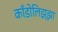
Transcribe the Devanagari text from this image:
काँडोलिझ्झा